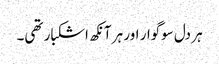
ہر دل سوگوار اور ہر آنکھ اشکبار تھی۔